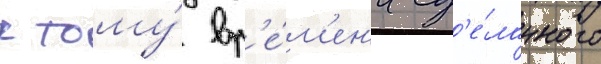
к тому́ вр'е́м'ен'и сд'е́ланного